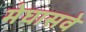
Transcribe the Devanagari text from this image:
मेघासवे